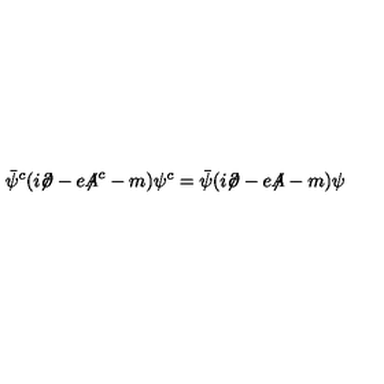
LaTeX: \bar { \psi } ^ { c } ( i { \not \! \partial } - e { \not \! \! A } ^ { c } - m ) \psi ^ { c } = \bar { \psi } ( i { \not \! \partial } - e { \not \! \! A } - m ) \psi